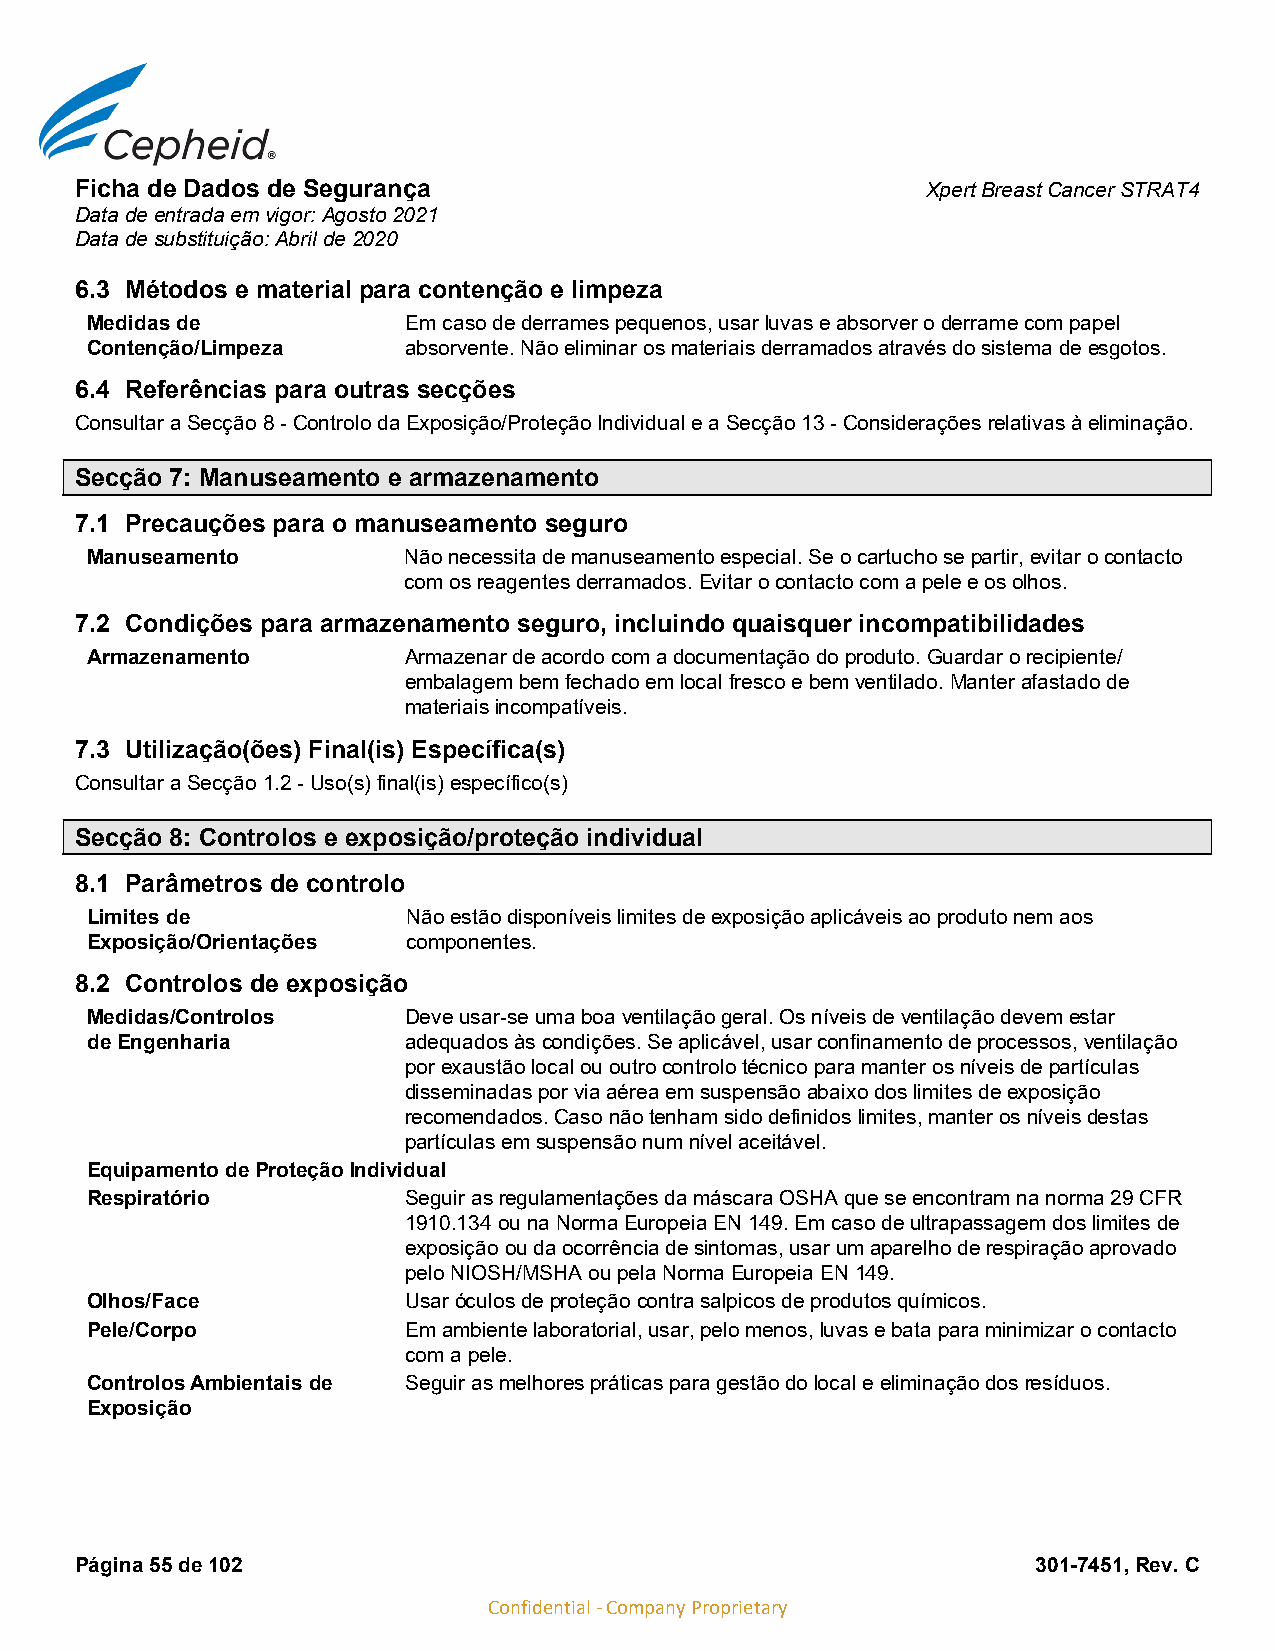
Ficha de Dados de Segurança                             Xpert Breast Cancer STRAT4
 Data de entrada em vigor: Agosto 2021
 Data de substituição: Abril de 2020
 6.3 Métodos e material para contenção e limpeza
 Medidas de           Em caso de derrames pequenos, usar luvas e absorver o derrame com papel
 Contenção/Limpeza    absorvente. Não eliminar os materiais derramados através do sistema de esgotos.
 6.4 Referências para outras secções
 Consultar a Secção 8 - Controlo da Exposição/Proteção Individual e a Secção 13 - Considerações relativas à eliminação.
 Secção 7: Manuseamento e armazenamento
 7.1 Precauções para o manuseamento seguro
 Manuseamento         Não necessita de manuseamento especial. Se o cartucho se partir, evitar o contacto
 com os reagentes derramados. Evitar o contacto com a pele e os olhos.
 7.2 Condições para armazenamento seguro, incluindo quaisquer incompatibilidades
 Armazenamento        Armazenar de acordo com a documentação do produto. Guardar o recipiente/
 embalagem bem fechado em local fresco e bem ventilado. Manter afastado de
 materiais incompatíveis.
 7.3 Utilização(ões) Final(is) Específica(s)
 Consultar a Secção 1.2 - Uso(s) final(is) específico(s)
 Secção 8: Controlos e exposição/proteção individual
 8.1 Parâmetros de controlo
 Limites de           Não estão disponíveis limites de exposição aplicáveis ao produto nem aos
 Exposição/Orientações componentes.
 8.2 Controlos de exposição
 Medidas/Controlos    Deve usar-se uma boa ventilação geral. Os níveis de ventilação devem estar
 de Engenharia        adequados às condições. Se aplicável, usar confinamento de processos, ventilação
 por exaustão local ou outro controlo técnico para manter os níveis de partículas
 disseminadas por via aérea em suspensão abaixo dos limites de exposição
 recomendados. Caso não tenham sido definidos limites, manter os níveis destas
 partículas em suspensão num nível aceitável.
 Equipamento de Proteção Individual
 Respiratório         Seguir as regulamentações da máscara OSHA que se encontram na norma 29 CFR
 1910.134 ou na Norma Europeia EN 149. Em caso de ultrapassagem dos limites de
 exposição ou da ocorrência de sintomas, usar um aparelho de respiração aprovado
 pelo NIOSH/MSHA ou pela Norma Europeia EN 149.
 Olhos/Face           Usar óculos de proteção contra salpicos de produtos químicos.
 Pele/Corpo           Em ambiente laboratorial, usar, pelo menos, luvas e bata para minimizar o contacto
 com a pele.
 Controlos Ambientais de Seguir as melhores práticas para gestão do local e eliminação dos resíduos.
 Exposição
 Página 55 de 102                                                301-7451, Rev. C
 Confidential - Company Proprietary